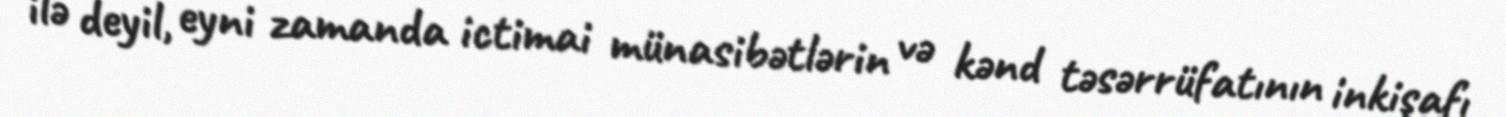
ilə deyil, eyni zamanda ictimai münasibətlərin və kənd təsərrüfatının inkişafı